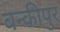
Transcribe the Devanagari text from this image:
बन्कीपुर